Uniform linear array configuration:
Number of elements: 64
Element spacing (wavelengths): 0.5
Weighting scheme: binomial
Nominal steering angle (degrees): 60
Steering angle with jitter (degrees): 61.853
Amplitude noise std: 0.05
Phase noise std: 0.05

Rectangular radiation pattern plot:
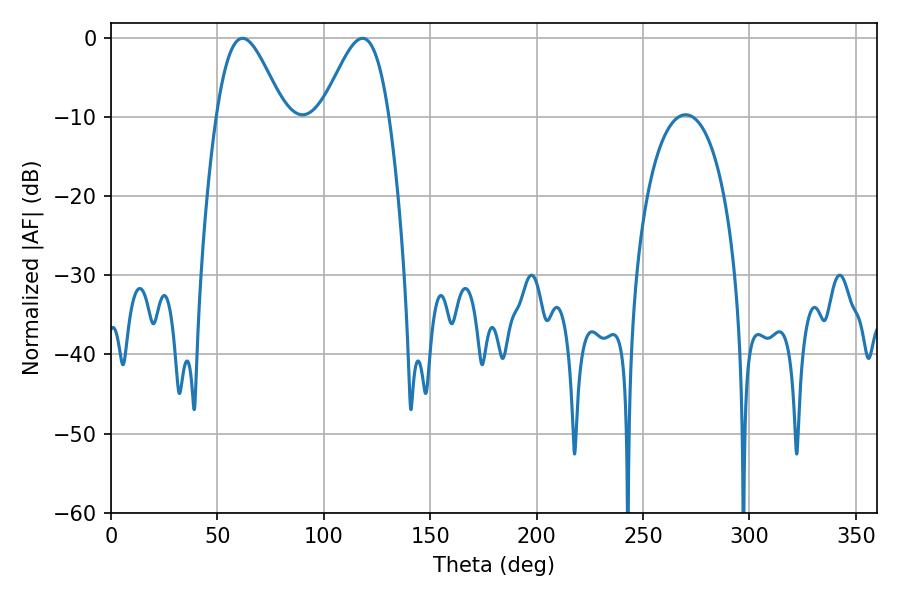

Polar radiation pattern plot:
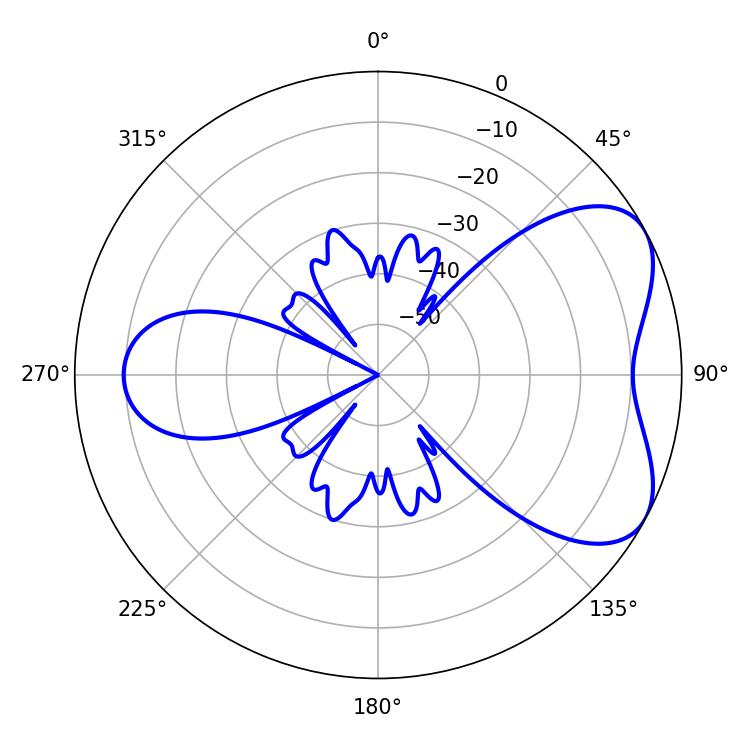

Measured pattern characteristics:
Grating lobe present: FALSE
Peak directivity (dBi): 5.526
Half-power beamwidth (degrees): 16.74
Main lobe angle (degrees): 118.26